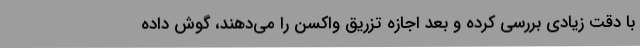
با دقت زیادی بررسی کرده و بعد اجازه تزریق واکسن را می‌دهند، گوش داده